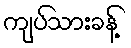
ကျပ်သားခန့်